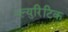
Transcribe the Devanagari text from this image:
प्ल्युरिटिक